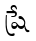
ష్రే